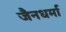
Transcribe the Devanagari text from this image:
जैनधर्मा